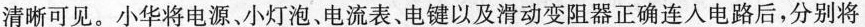
清晰可见。小华将电源、小灯泡、电流表、电键以及滑动变阻器正确连入电路后，分别将